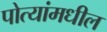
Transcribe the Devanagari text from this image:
पोत्यांमधील